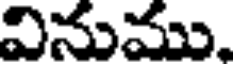
వినుము,